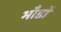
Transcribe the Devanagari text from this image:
भाँडों